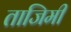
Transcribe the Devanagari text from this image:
ताजिमी